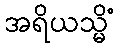
အရိယသ္မိံ